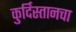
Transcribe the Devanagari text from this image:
कुर्दिस्तानचा